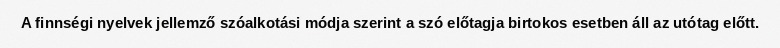
A finnségi nyelvek jellemző szóalkotási módja szerint a szó előtagja birtokos esetben áll az utótag előtt.